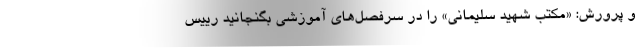
و پرورش: «مکتب شهید سلیمانی» را در سرفصل‌های آموزشی بگنجانید رییس